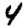
Digit: 4